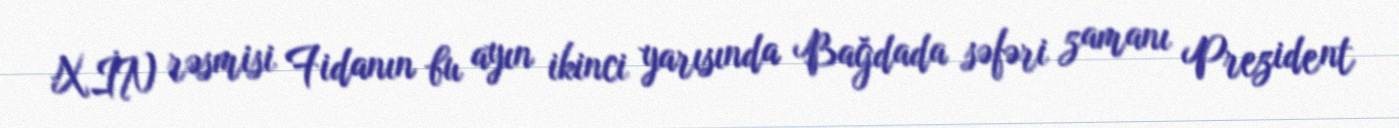
XİN rəsmisi Fidanın bu ayın ikinci yarısında Bağdada səfəri zamanı Prezident